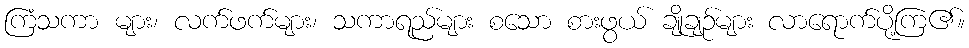
ကြံသကာ များ၊ လက်ဖက်များ၊ သကာရည်များ စသော စားဖွယ် ချိုချဉ်များ လာရောက်ပို့ကြ၏။